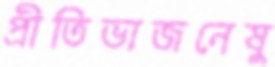
প্রীতিভাজনেষু